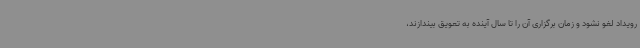
رویداد لغو نشود و زمان برگزاری آن را تا سال آینده به تعویق بیندازند،